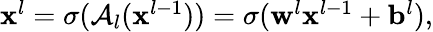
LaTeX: \begin{array}{r}{\mathbf{x}^{l}=\sigma(\mathcal{A}_{l}(\mathbf{x}^{l-1}))=\sigma(\mathbf{w}^{l}\mathbf{x}^{l-1}+\mathbf{b}^{l}),}\end{array}